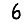
Digit: 6